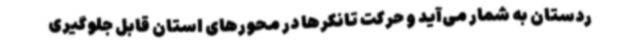
ردستان به شمار می‌آید و حرکت تانکرها در محورهای استان قابل جلوگیری